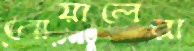
বোয়ালেরা